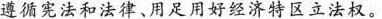
遵循宪法和法律、用足用好经济特区立法权。